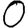
Digit: 0